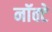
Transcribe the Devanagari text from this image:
नॉक्टे